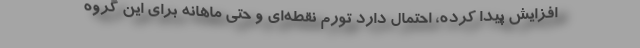
افزايش پيدا كرده، احتمال دارد تورم نقطه‌اي و حتي ماهانه براي اين گروه